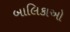
બાલિકાઓ